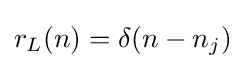
r_{L}(n)=\delta (n-n_{j})